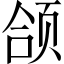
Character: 颌